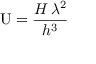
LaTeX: \mathrm { U } = { \frac { H \, \lambda ^ { 2 } } { h ^ { 3 } } }